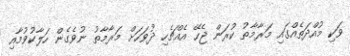
ވަކި މުއްދަތެއްގައި މަރާމާތު ކުރަން ޖެހޭ އެއްޗެހި ދުވަހަށް މަރާމާތު ނުވެގެން ހަލާކުވުމާއި